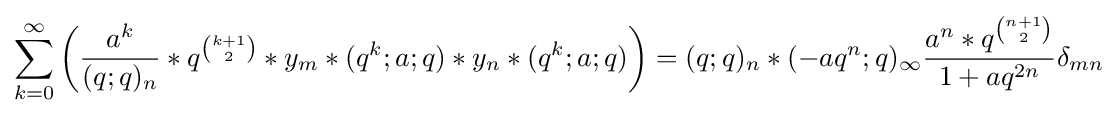
\sum _{k=0}^{\infty }\left({\frac {a^{k}}{(q;q)_{n}}}*q^{k+1 \choose 2}*y_{m}*(q^{k};a;q)*y_{n}*(q^{k};a;q)\right)=(q;q)_{n}*(-aq^{n};q)_{\infty }{\frac {a^{n}*q^{n+1 \choose 2}}{1+aq^{2n}}}\delta _{mn}